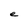
Character: e